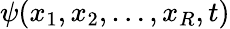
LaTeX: \psi(x_{1},x_{2},\ldots,x_{R},t)